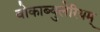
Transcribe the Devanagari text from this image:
वोकाब्युलेरियम्